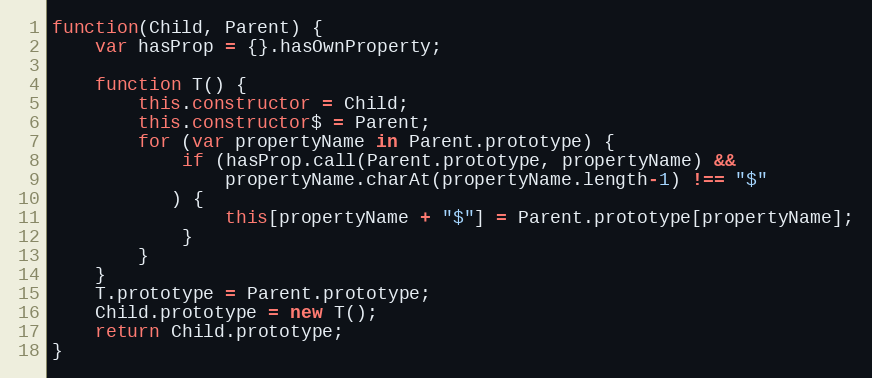
Language: JavaScript
function(Child, Parent) {
    var hasProp = {}.hasOwnProperty;

    function T() {
        this.constructor = Child;
        this.constructor$ = Parent;
        for (var propertyName in Parent.prototype) {
            if (hasProp.call(Parent.prototype, propertyName) &&
                propertyName.charAt(propertyName.length-1) !== "$"
           ) {
                this[propertyName + "$"] = Parent.prototype[propertyName];
            }
        }
    }
    T.prototype = Parent.prototype;
    Child.prototype = new T();
    return Child.prototype;
}